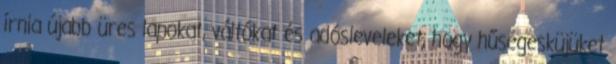
írnia újabb üres lapokat, váltókat és adósleveleket, hogy hűségesküjüket